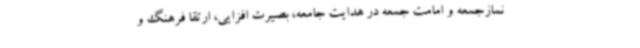
نمازجمعه و امامت جمعه در هدایت جامعه، بصیرت افزایی، ارتقا فرهنگ و